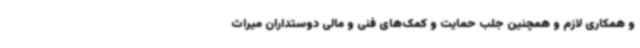
و همکاری لازم و همچنین جلب حمایت و کمک‌های فنی و مالی دوستداران میراث